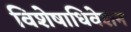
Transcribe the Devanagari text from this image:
विशेषाधिवेशन